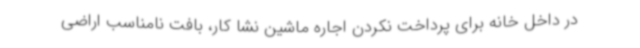
در داخل خانه برای پرداخت نکردن اجاره ماشین نشا کار، بافت نامناسب اراضی